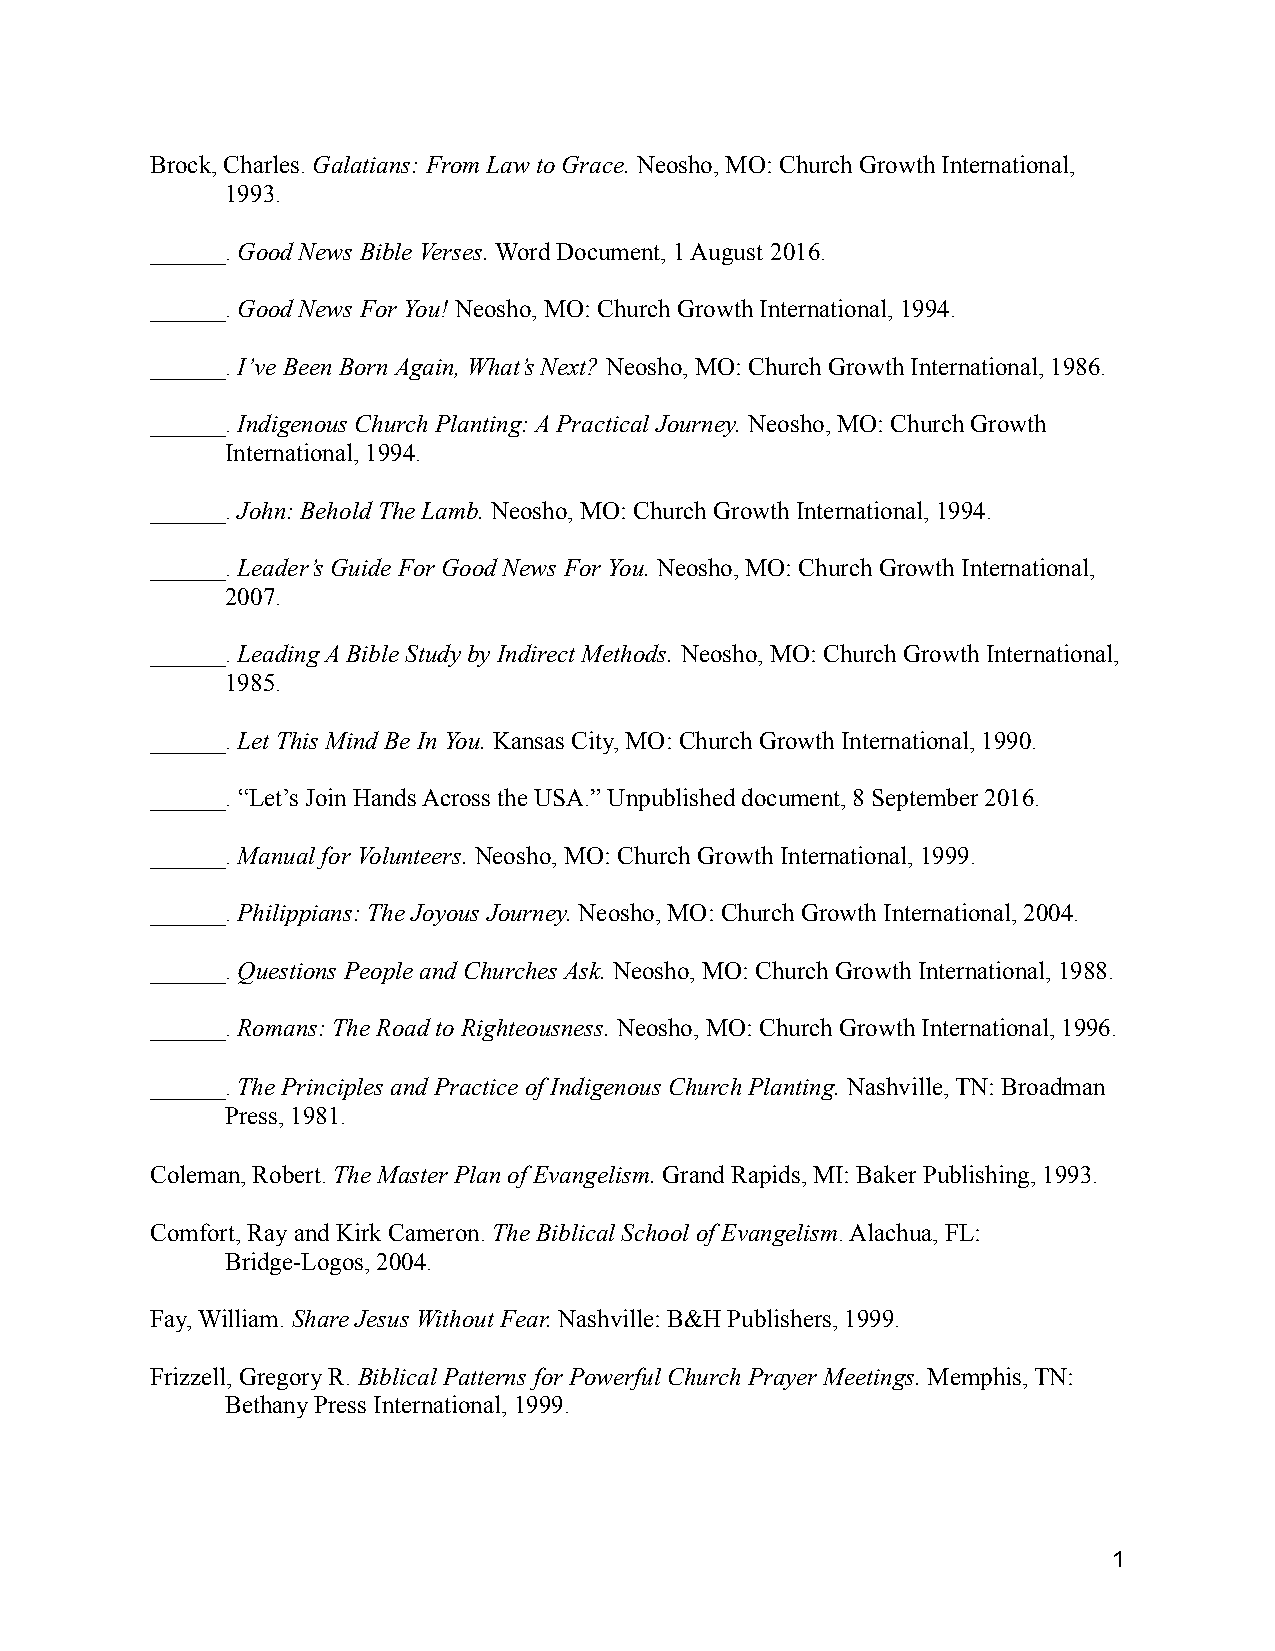
Brock, Charles. Galatians: From Law to Grace.Neosho, MO: Church Growth International,
 1993.
 ______.Good News Bible Verses.Word Document, 1 August 2016.
 ______.Good News For You! Neosho, MO: Church GrowthInternational, 1994.
 ______.I’ve Been Born Again, What’s Next? Neosho,MO: Church Growth International, 1986.
 ______.Indigenous Church Planting: A Practical Journey. Neosho, MO: Church Growth
 International, 1994.
 ______.John: Behold The Lamb. Neosho, MO: ChurchGrowth International, 1994.
 ______.Leader’s Guide For Good News For You.Neosho,MO: Church Growth International,
 2007.
 ______.Leading A Bible Study by Indirect Methods. Neosho, MO: Church Growth International,
 1985.
 ______.Let This Mind Be In You. Kansas City, MO:Church Growth International, 1990.
 ______. “Let’s Join Hands Across the USA.” Unpublished document, 8 September 2016.
 ______.Manual for Volunteers. Neosho, MO: Church Growth International, 1999.
 ______.Philippians: The Joyous Journey.Neosho, MO: Church Growth International, 2004.
 ______.Questions People and Churches Ask. Neosho, MO: Church Growth International, 1988.
 ______.Romans: The Road to Righteousness. Neosho,MO: Church Growth International, 1996.
 ______.The Principles and Practice of IndigenousChurch Planting. Nashville, TN: Broadman
 Press, 1981.
 Coleman, Robert.The Master Plan of Evangelism. GrandRapids, MI: Baker Publishing, 1993.
 Comfort, Ray and Kirk Cameron.The Biblical School of Evangelism. Alachua, FL:
 Bridge-Logos, 2004.
 Fay, William. Share Jesus Without Fear.Nashville: B&H Publishers, 1999.
 Frizzell, Gregory R. Biblical Patterns for PowerfulChurch Prayer Meetings. Memphis, TN:
 Bethany Press International, 1999.
 1